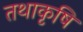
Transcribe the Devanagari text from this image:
तथाकृषि